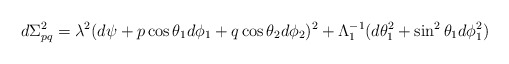
\begin{align*}d\Sigma^2_{pq} = \lambda^2 ( d\psi + p\cos \theta_1 d\phi_1 + q \cos \theta_2 d\phi_2)^2 + \Lambda_1^{-1} (d\theta_1^2 + \sin^2 \theta_1 d\phi_1^2 )\end{align*}